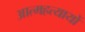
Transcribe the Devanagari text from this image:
आत्महत्यायों